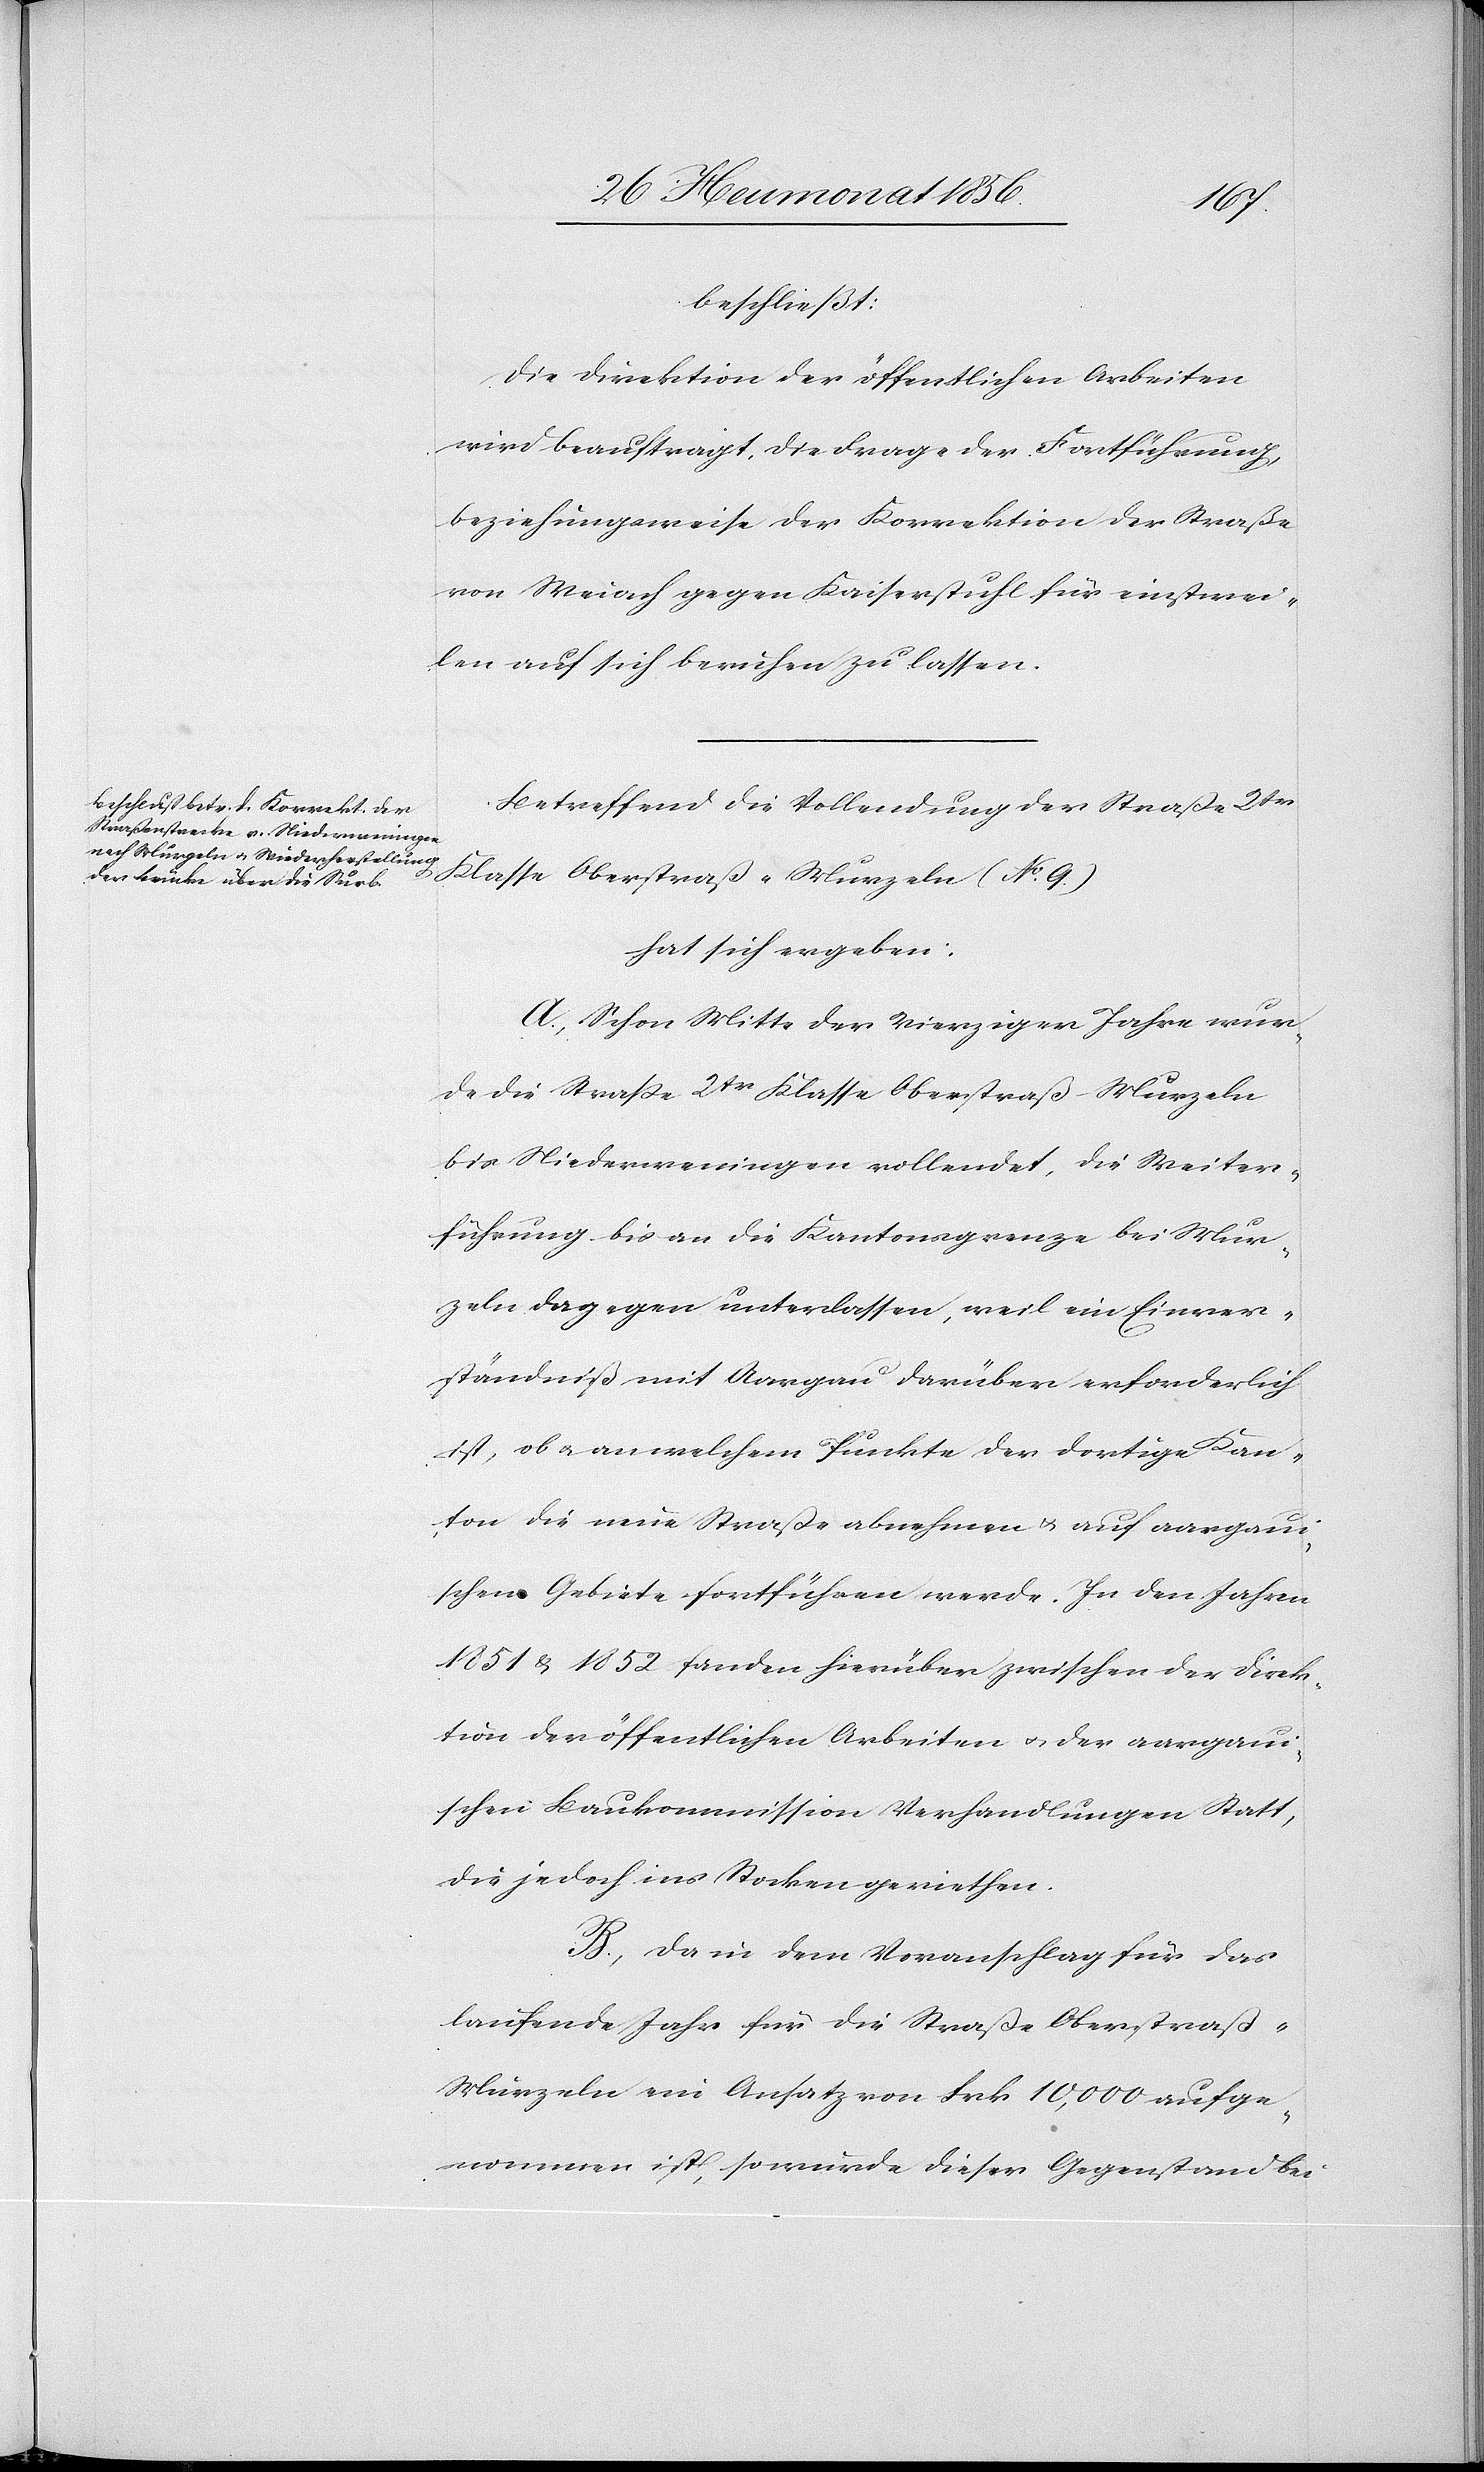
beschließt:
Die Direktion der öffentlichen Arbeiten
wird beauftragt, die Frage der Fortführung,
beziehungsweise der Korrektion der Straße
von Weiach gegen Kaiserstuhl für einstwei¬
len auf sich beruhen zu lassen.
Betreffend die Vollendung der Straße 2tr
Klasse Oberstraß-Murzeln (No 9.)
hat sich ergeben:
A.) Schon Mitte der Vierziger Jahre wur¬
de die Strasse 2tr Klasse Oberstraß-Murzeln
bis Niederweningen vollendet, die Weiter¬
führung bis an die Kantonsgrenze bei Mur¬
zeln dagegen unterlassen, weil ein Einver¬
ständniß mit Aargau darüber erforderlich
ist, ob u. an welchem Punkte der dortige Kan¬
ton die neue Straße abnehmen u. auf aargaui¬
schem Gebiete fortführen werde. In den Jahren
1851 & 1852 fanden hierüber zwischen der Direk¬
tion der öffentlichen Arbeiten u. der aargaui¬
schen Baukommission Verhandlungen Statt,
die jedoch ins Stocken geriethen.
B.) Da in dem Voranschlag für das
laufende Jahr für die Straße Oberstraß-M¬
urzeln ein Ansatz von Frk. 10,000 aufge¬
nommen ist, so würde dieser Gegenstand bei